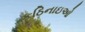
કઠિનાઇઓ